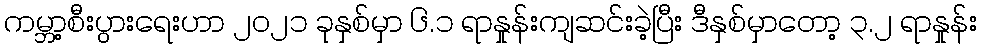
ကမ္ဘာ့စီးပွားရေးဟာ ၂၀၂၁ ခုနှစ်မှာ ၆.၁ ရာနှုန်းကျဆင်းခဲ့ပြီး ဒီနှစ်မှာတော့ ၃.၂ ရာနှုန်း